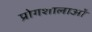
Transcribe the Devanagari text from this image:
प्रोगशालाओं